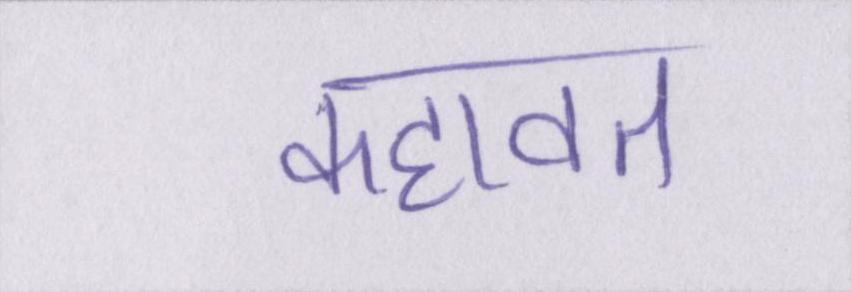
कहावत